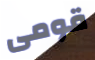
قومى